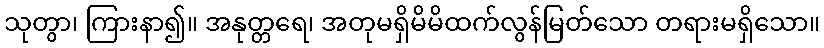
သုတွာ၊ ကြားနာ၍။ အနုတ္တရေ၊ အတုမရှိမိမိထက်လွန်မြတ်သော တရားမရှိသော။